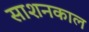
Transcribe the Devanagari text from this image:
साशनकाल